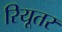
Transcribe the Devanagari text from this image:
रियूतर